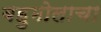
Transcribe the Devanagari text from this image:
बहुमोलाचा